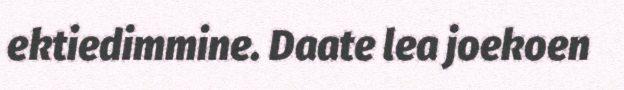
ektiedimmine. Daate lea joekoen